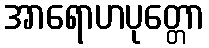
အာရောဟပုတ္တော